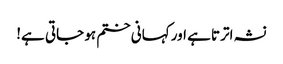
نشہ اترتا ہے اور کہانی ختم ہو جاتی ہے!